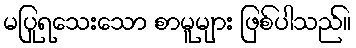
မပြုရသေးသော စာမူများ ဖြစ်ပါသည်။